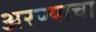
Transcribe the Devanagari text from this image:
अरण्याचा